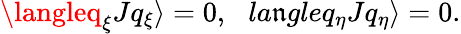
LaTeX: \langleq_{\xi}Jq_{\xi}\rangle=0,\ \ \, la\mathfrak{n}gleq_{\eta}Jq_{\eta}\rangle=0.